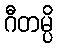
ဂီတမ္ပိ